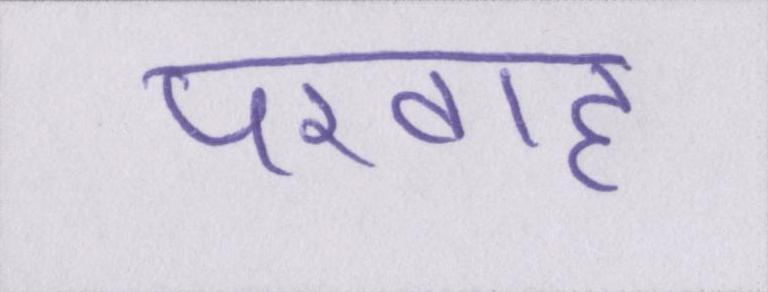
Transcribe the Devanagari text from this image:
परवाह